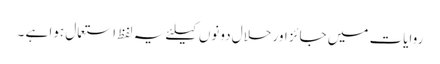
روایات میں جائز اور حلال دونوں کیلئے یہ لفظ استعمال ہوا ہے ۔